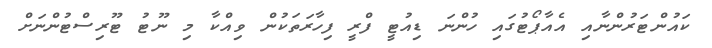
ކައުންޓަރުންނާއި އެއާޕޯޓުގައި ހުންނަ ޑިއުޓީ ފްރީ ފިހާރަތަކުން ވިއްކާ މި ނޫޓު ޓޫރިސްޓުންނަށް